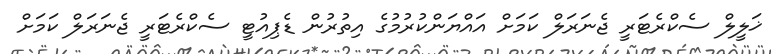
ޚަލީލް ސެކްރެޓަރީ ޖެނަރަލް ކަަމަށް އައްޔަންކުރުމުގެ އިތުރުން ޑެޕިއުޓީ ސެކްރެޓަރީ ޖެނަރަލް ކަމަށް